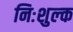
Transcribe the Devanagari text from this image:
निःशुल्‍क